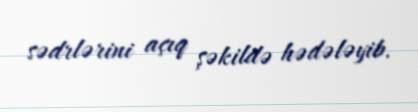
sədrlərini açıq şəkildə hədələyib.